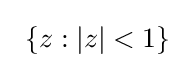
\left.\right.\{z:|z|<1\}